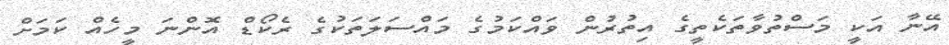
އޭނާ އަކީ މަސްތުވާތަކެތީގެ އިތުރުން ވައްކަމުގެ މައްސަލަތަކުގެ ރެކޯޑް އޮންނަ މީހެއް ކަމަށް